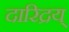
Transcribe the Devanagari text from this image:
दारिद्रय्